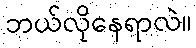
ဘယ်လိုနေရာလဲ။